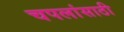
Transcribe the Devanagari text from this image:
चपलांसाठी